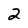
Character: 2